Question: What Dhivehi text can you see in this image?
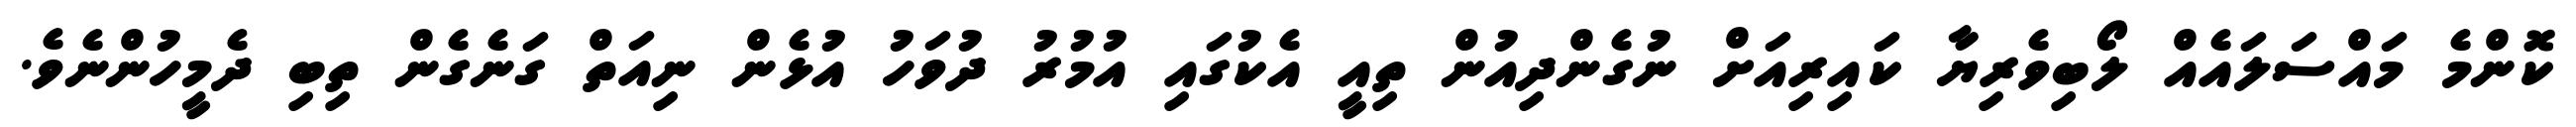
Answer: ކޮންމެ މައްސަލައެއް ލޯބިވެރިޔާ ކައިރިއަށް ނުގެންދިއުން ތިއީ އެކުގައި އުމުރު ދުވަހު އުޅެން ނިއަތް ގަނެގެން ތިބި ދެމީހުންނެވެ.